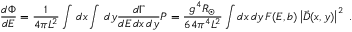
{ \frac { d \Phi } { d E } } = { \frac { 1 } { 4 \pi L ^ { 2 } } } \int \, d x \int \, d y { \frac { d \Gamma } { d E \, d x \, d y } } P = { \frac { g ^ { 4 } R _ { \odot } } { 6 4 \pi ^ { 4 } L ^ { 2 } } } \int d x \, d y \, F ( E , b ) \left| \vec { D } ( x , y ) \right| ^ { 2 } \; .